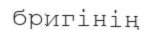
бригінің